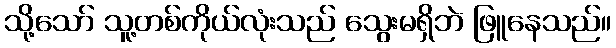
သို့သော် သူ့တစ်ကိုယ်လုံးသည် သွေးမရှိဘဲ ဖြူနေသည်။